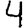
Digit: 4